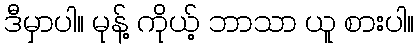
ဒီမှာပါ။ မုန့် ကိုယ့် ဘာသာ ယူ စားပါ။